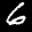
Label: 6